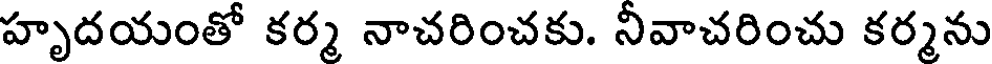
హృదయంతో కర్మ నాచరించకు. నీవాచరించు కర్మను